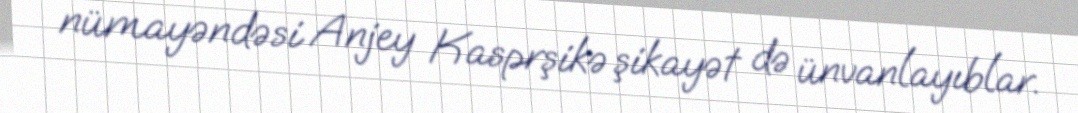
nümayəndəsi Anjey Kasprşikə şikayət də ünvanlayıblar.